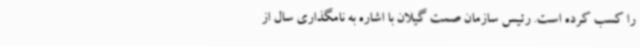
را کسب کرده است. رئیس سازمان صمت گیلان با اشاره به نامگذاری سال از